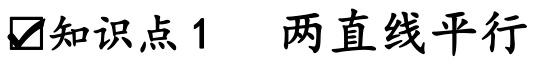
$\boxed{\checkmark}\text{知识点1}\ \ \text{两直线平行}$